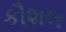
કૌશલ